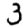
Digit: 3